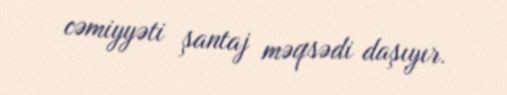
cəmiyyəti şantaj məqsədi daşıyır.